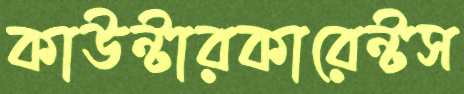
কাউন্টারকারেন্টস